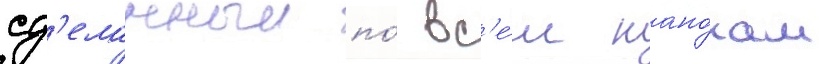
сд'еланныи по́ вс'е́м кано́нам